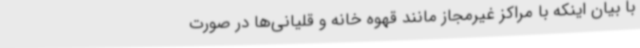
با بیان اینکه با مراکز غیرمجاز مانند قهوه خانه و قلیانی‌ها در صورت